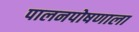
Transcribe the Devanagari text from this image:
पालनपोषणाला